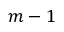
m - 1